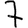
Digit: 7